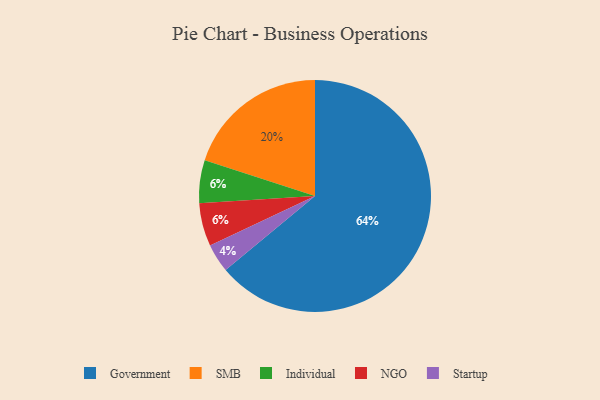
{"axis": {"x": "Category", "y": "Percentage"}, "legend": ["Government", "Individual", "NGO", "SMB", "Startup"], "data": [{"x": "Government", "y": 64, "type": "Government"}, {"x": "SMB", "y": 20, "type": "SMB"}, {"x": "Startup", "y": 4, "type": "Startup"}, {"x": "Individual", "y": 6, "type": "Individual"}, {"x": "NGO", "y": 6, "type": "NGO"}]}